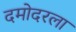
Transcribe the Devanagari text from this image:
दमोदरला